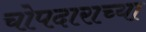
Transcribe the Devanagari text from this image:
चोपदाराच्या